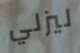
ليزلي